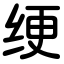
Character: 绠